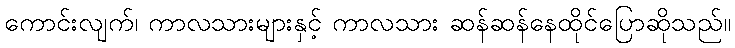
ကောင်းလျက်၊ ကာလသားများနှင့် ကာလသား ဆန်ဆန်နေထိုင်ပြောဆိုသည်။